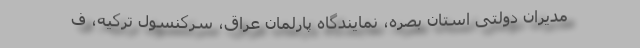
مدیران دولتی استان بصره، نمایندگاه پارلمان عراق، سرکنسول ترکیه، ف